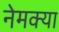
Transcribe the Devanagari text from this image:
नेमक्‍या